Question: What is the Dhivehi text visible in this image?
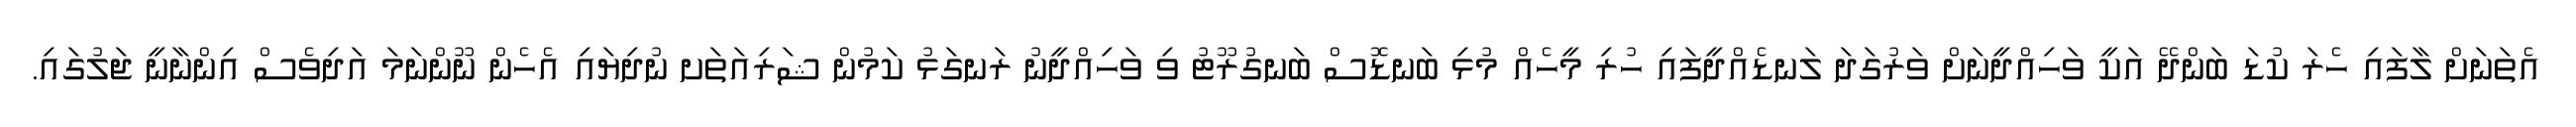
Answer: އެތަނަށް ލާފައި ހެރަ ކުޑަ ބަންދޭ އަކީ ވަހިއްދީނަށް ވަރުގަދަ ލަނޑެއްދީފައި ހުރި މީހެއް މުޅި ބަނޑޮސް ބަނގުރޫޓު ވި ވަހިއްދީނު ރަނގަޅު ކަމުން ޝަރިއަތަށ ނުދިޔައި އެހެން ނޫންނަމަ އަދިވެސް އިންނާނީ ޖަލުގައި.